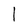
Character: 1